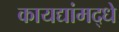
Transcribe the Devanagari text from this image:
कायद्यांमद्धे